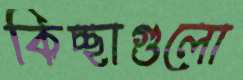
কিচ্ছাগুলো